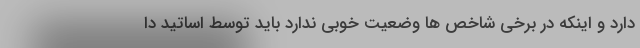
دارد و اینکه در برخی شاخص ها وضعیت خوبی ندارد باید توسط اساتید دا